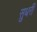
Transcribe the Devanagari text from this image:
सुधरीं